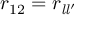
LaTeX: r _ { 1 2 } = r _ { { \mathit { l } } { \mathit { l } } ^ { \prime } }